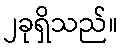
၂ခုရှိသည်။